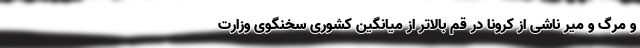
و مرگ و میر ناشی از کرونا در قم بالاتر از میانگین کشوری سخنگوی وزارت